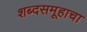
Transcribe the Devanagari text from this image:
शब्दसमूहाचा